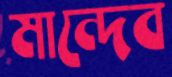
মান্দেব